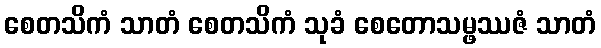
စေတသိကံ သာတံ စေတသိကံ သုခံ စေတောသမ္ဖဿဇံ သာတံ